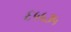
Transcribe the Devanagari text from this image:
६५५३५